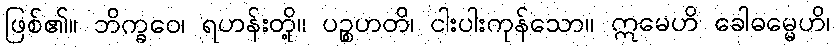
ဖြစ်၏။ ဘိက္ခဝေ၊ ရဟန်းတို့။ ပဉ္စဟတိ၊ ငါးပါးကုန်သော။ ဣမေဟိ ခေါဓမ္မေဟိ၊